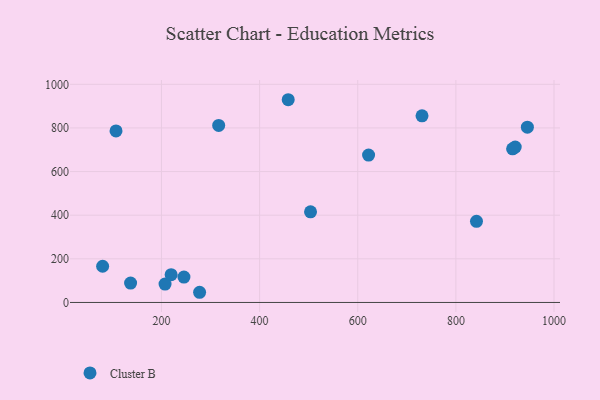
{"axis": {"x": "Experience", "y": "Yield"}, "legend": ["Cluster B"], "data": [{"x": "920.9", "y": 712.3, "type": "Cluster B"}, {"x": "945.7", "y": 803.5, "type": "Cluster B"}, {"x": "245.8", "y": 116.5, "type": "Cluster B"}, {"x": "107.4", "y": 786.3, "type": "Cluster B"}, {"x": "80.1", "y": 166.1, "type": "Cluster B"}, {"x": "915.6", "y": 704.3, "type": "Cluster B"}, {"x": "277.7", "y": 46.7, "type": "Cluster B"}, {"x": "316.6", "y": 811.7, "type": "Cluster B"}, {"x": "458.3", "y": 929.3, "type": "Cluster B"}, {"x": "207.3", "y": 84.4, "type": "Cluster B"}, {"x": "503.8", "y": 415.6, "type": "Cluster B"}, {"x": "842.0", "y": 372.1, "type": "Cluster B"}, {"x": "219.7", "y": 127.6, "type": "Cluster B"}, {"x": "137.1", "y": 88.7, "type": "Cluster B"}, {"x": "731.0", "y": 855.5, "type": "Cluster B"}, {"x": "622.1", "y": 675.8, "type": "Cluster B"}]}